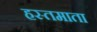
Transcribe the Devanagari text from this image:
हस्तमाता